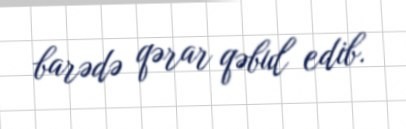
barədə qərar qəbul edib.